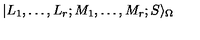
| L _ { 1 } , \ldots , L _ { r } ; M _ { 1 } , \ldots , M _ { r } ; S \rangle _ { \Omega } \nonumber